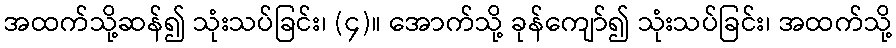
အထက်သို့ဆန်၍ သုံးသပ်ခြင်း၊ (၄)။ အောက်သို့ ခုန်ကျော်၍ သုံးသပ်ခြင်း၊ အထက်သို့